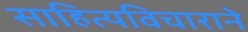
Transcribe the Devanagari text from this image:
साहित्यविचाराने